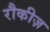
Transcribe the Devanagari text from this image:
रौकीज़